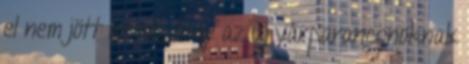
el nem jött az idő, hogy az új várparancsnoknak